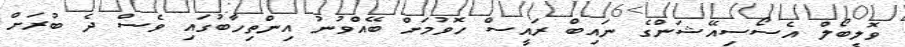
ވޮލީބޯލް އެސޯސިއޭޝަންގެ ނައިބް ރައީސް ހޮވުމަށް ބޭއްވުނު އިންތިހާބުގައި ވެސް ދެ ބުރަށް